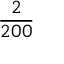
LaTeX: \frac { 2 } { 2 0 0 }